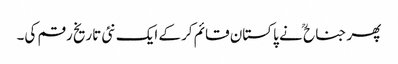
پھر جناح ؒ نے پاکستان قائم کرکے ایک نئی تاریخ رقم کی۔